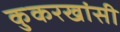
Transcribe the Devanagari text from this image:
कुकरखांसी